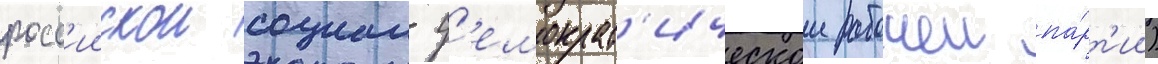
росс'иискои социал-д'емократ'ическои рабочеи па́рт'ии)